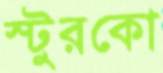
স্টুরকো